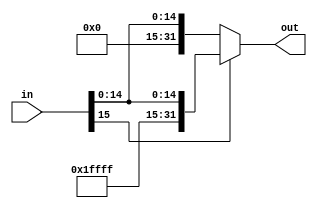
module SignExtend16(
    input wire [15:0] in,
    output wire [31:0] out
);
   assign out = (in[15] == 0) ? {16'b0000000000000000, in} : {16'b1111111111111111, in};

endmodule